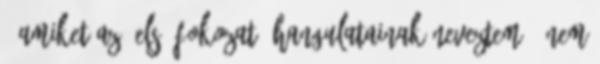
- amiket az "első fokozat" hangulatainak neveztem - nem